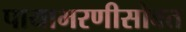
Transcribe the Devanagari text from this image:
पायाभरणीसोबत